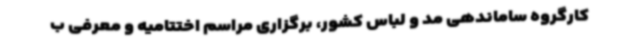
کارگروه ساماندهی مد و لباس کشور، برگزاری مراسم اختتامیه و معرفی ب